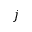
j